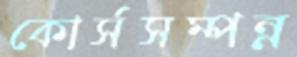
কোর্সসম্পন্ন